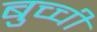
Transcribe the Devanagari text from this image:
बुच्ची